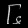
Digit: ၆